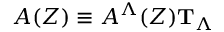
A ( Z ) \equiv A ^ { \Lambda } ( Z ) { \bf T } _ { \Lambda } \,